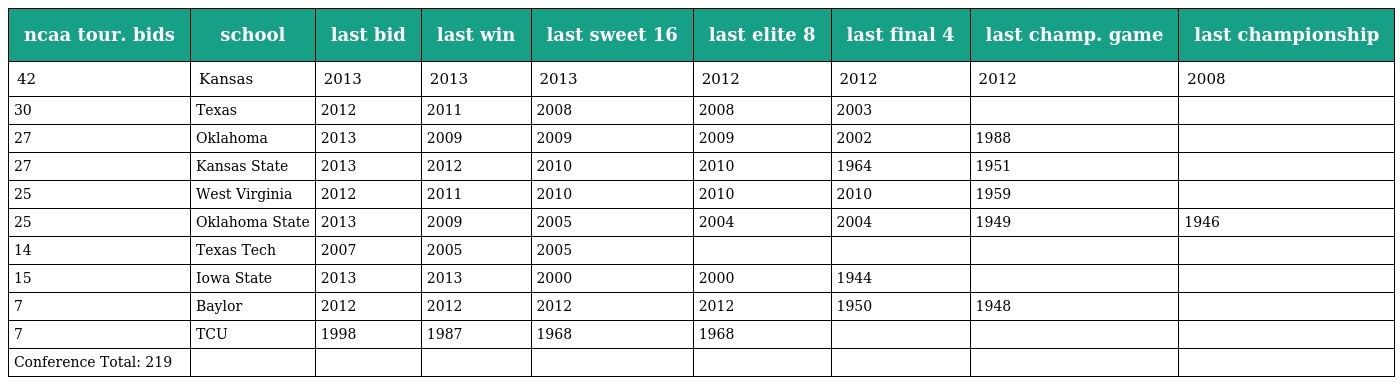
| ncaa tour. bids | school | last bid | last win | last sweet 16 | last elite 8 | last final 4 | last champ. game | last championship |
 | --- | --- | --- | --- | --- | --- | --- | --- | --- |
 | 42 | Kansas | 2013 | 2013 | 2013 | 2012 | 2012 | 2012 | 2008 |
 | 30 | Texas | 2012 | 2011 | 2008 | 2008 | 2003 |  |  |
 | 27 | Oklahoma | 2013 | 2009 | 2009 | 2009 | 2002 | 1988 |  |
 | 27 | Kansas State | 2013 | 2012 | 2010 | 2010 | 1964 | 1951 |  |
 | 25 | West Virginia | 2012 | 2011 | 2010 | 2010 | 2010 | 1959 |  |
 | 25 | Oklahoma State | 2013 | 2009 | 2005 | 2004 | 2004 | 1949 | 1946 |
 | 14 | Texas Tech | 2007 | 2005 | 2005 |  |  |  |  |
 | 15 | Iowa State | 2013 | 2013 | 2000 | 2000 | 1944 |  |  |
 | 7 | Baylor | 2012 | 2012 | 2012 | 2012 | 1950 | 1948 |  |
 | 7 | TCU | 1998 | 1987 | 1968 | 1968 |  |  |  |
 | Conference Total: 219 |  |  |  |  |  |  |  |  |